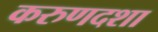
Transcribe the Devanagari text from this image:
करुणदशा